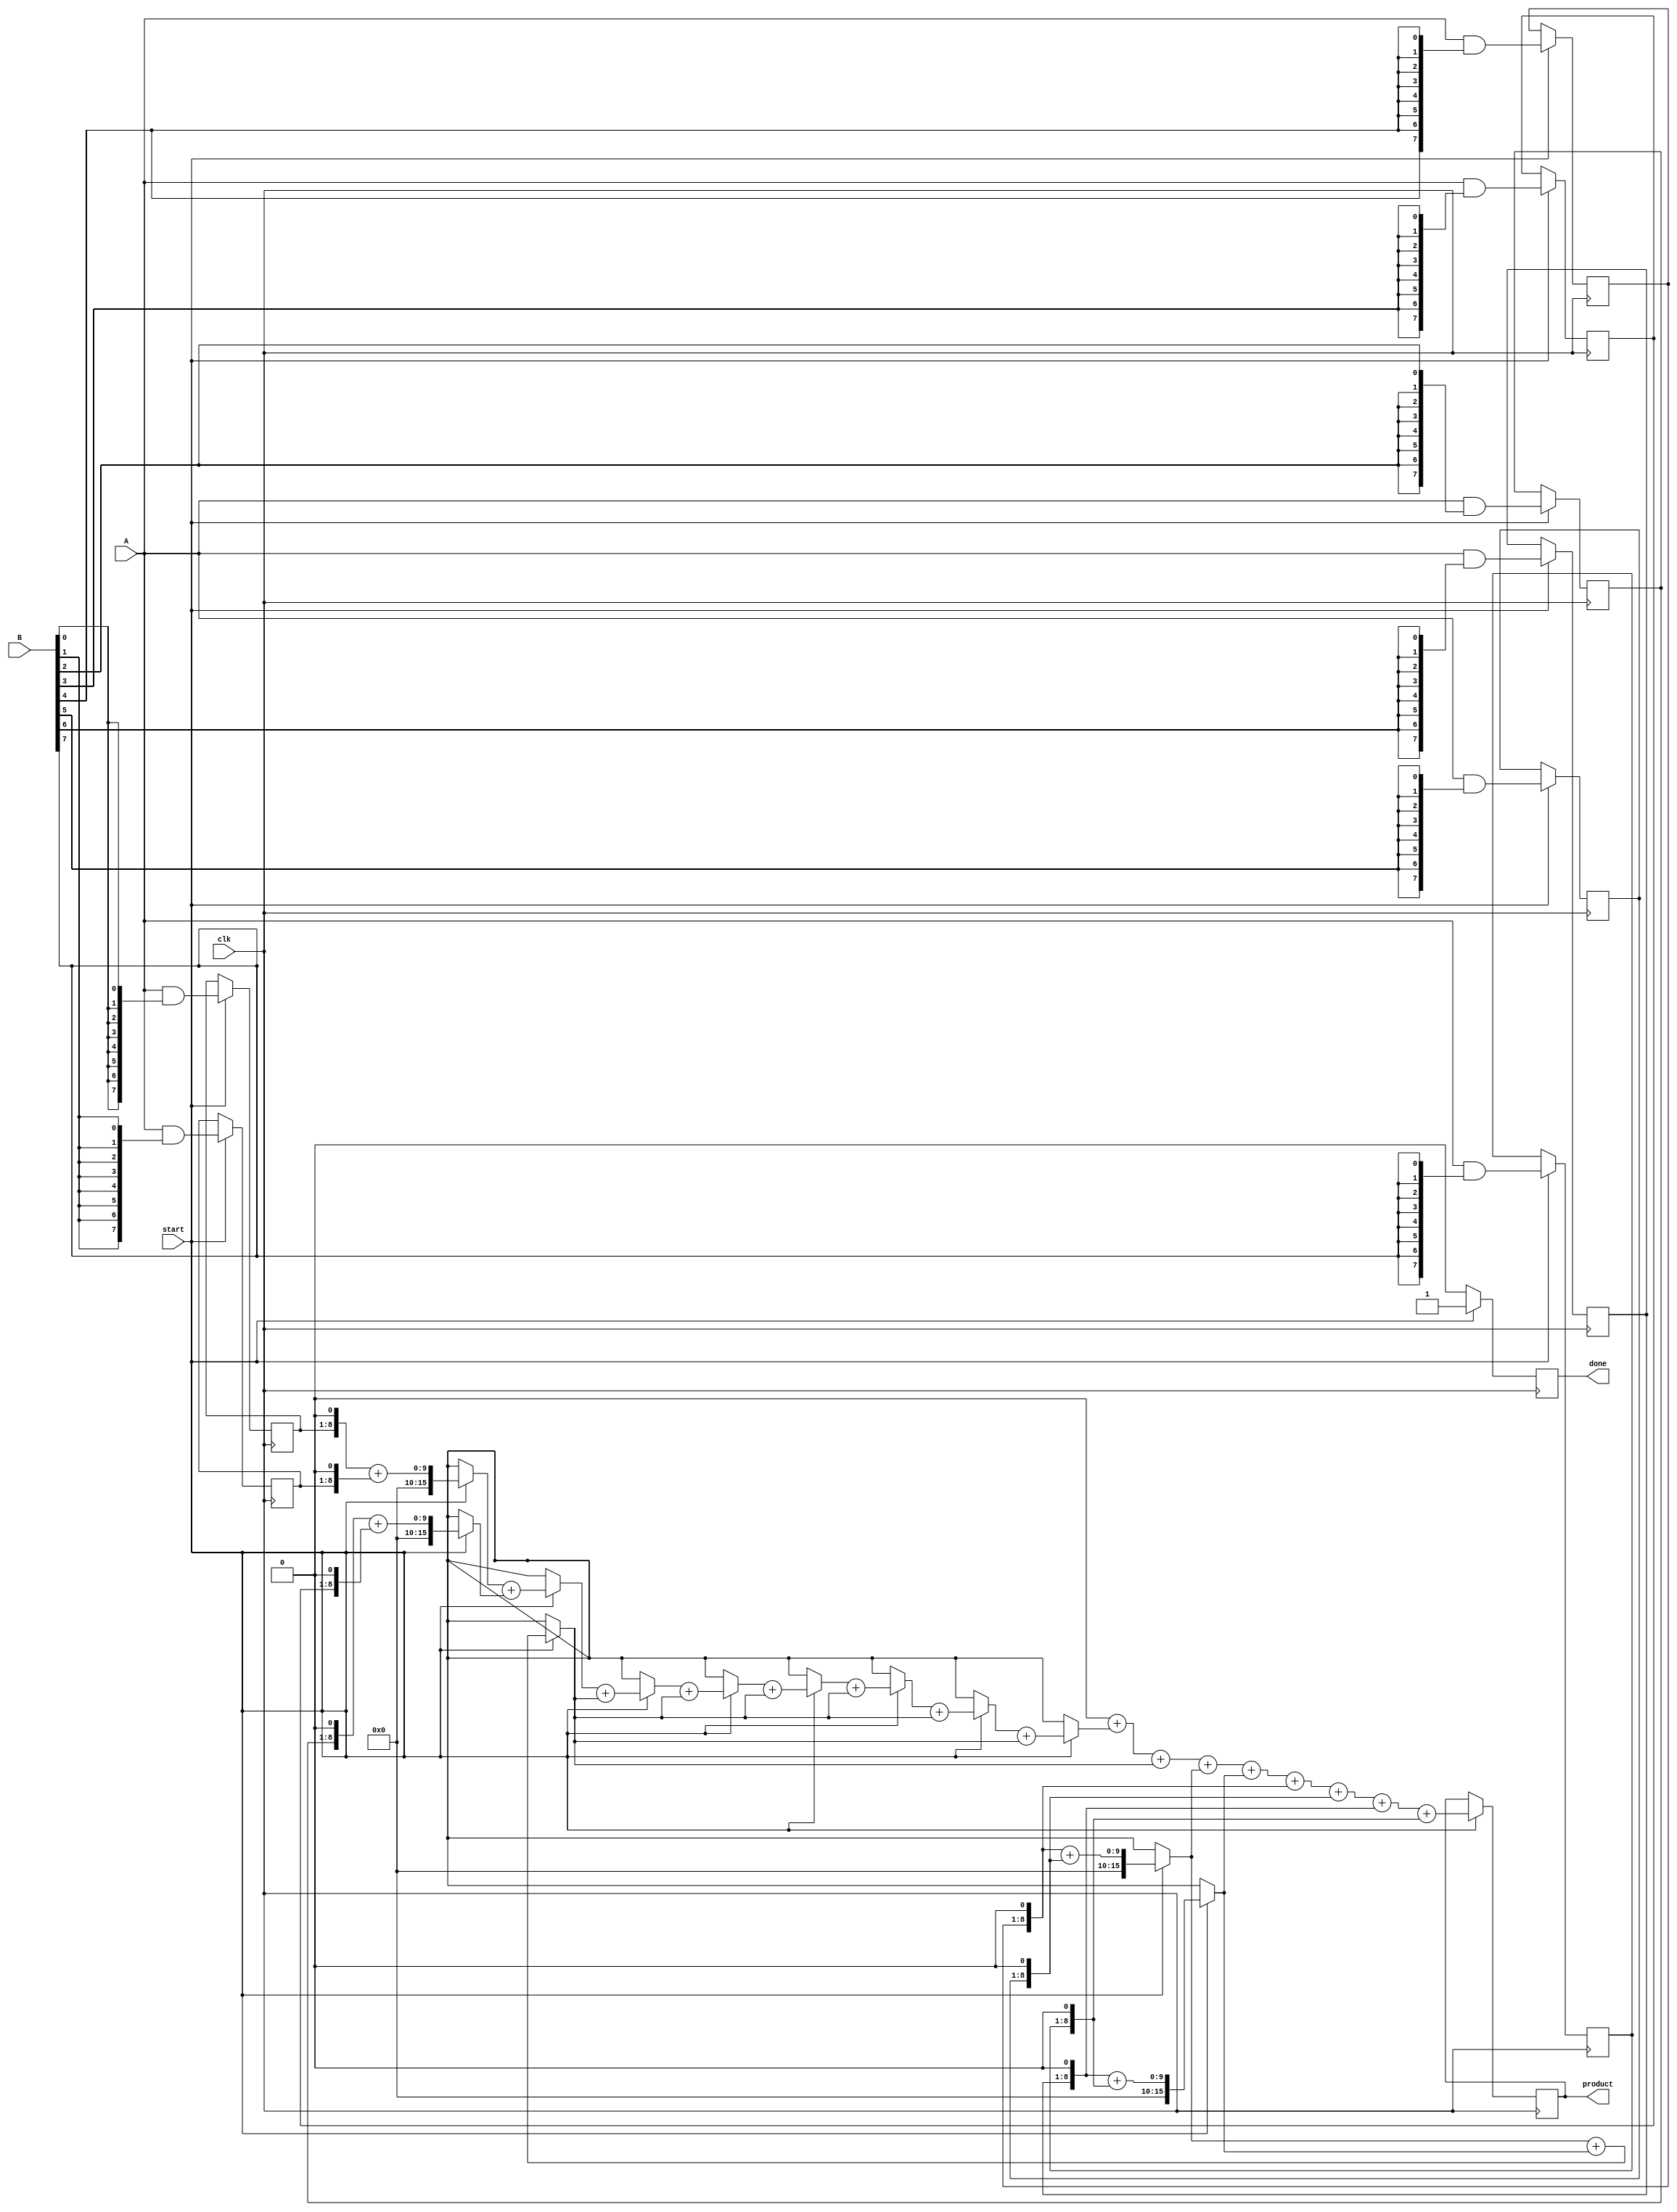
module wallace_tree_multiplier #(parameter N = 8) (
    input wire clk,
    input wire start,
    input wire [N-1:0] A,
    input wire [N-1:0] B,
    output reg [2*N-1:0] product,
    output reg done
);

    reg [N-1:0] partial_products [0:N-1];
    reg [2*N-1:0] sum [0:N-1];
    reg [N-1:0] carry [0:N-1];
    integer i, j, k;

    // Generate Partial Products
    always @(posedge clk) begin
        if (start) begin
            for (i = 0; i < N; i = i + 1) begin
                partial_products[i] = A & {N{B[i]}};
            end
        end
    end

    // Wallace Tree Reduction
    always @(posedge clk) begin
        if (start) begin
            // Initialize sums and carries
            for (i = 0; i < N; i = i + 1) begin
                sum[i] = {partial_products[i], 1'b0}; // Shift left for alignment
                carry[i] = 0;
            end

            // Reduction stages
            for (k = 0; k < N; k = k + 1) begin
                for (i = 0; i < N/2; i = i + 1) begin
                    if (i*2 + 1 < N) begin
                        {carry[i], sum[i]} = sum[i*2] + sum[i*2 + 1];
                    end else begin
                        sum[i] = sum[i*2];
                    end
                end
            end

            // Final addition of remaining sums
            product = 0;
            for (i = 0; i < N; i = i + 1) begin
                product = product + sum[i];
            end

            done <= 1; // Indicate multiplication is done
        end else begin
            done <= 0; // Reset done signal
        end
    end

endmodule